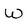
Character: W